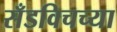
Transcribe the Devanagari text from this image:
सँडविचच्या